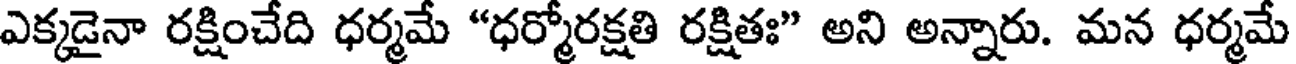
ఎక్కడైనా రక్షించేది ధర్మమే "ధర్మోరక్షతి రక్షితః" అని అన్నారు. మన ధర్మమే